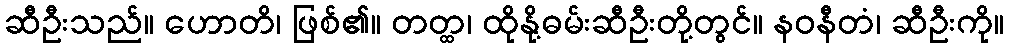
ဆီဦးသည်။ ဟောတိ၊ ဖြစ်၏။ တတ္ထ၊ ထိုနို့ဓမ်းဆီဦးတို့တွင်။ နဝနီတံ၊ ဆီဦးကို။